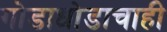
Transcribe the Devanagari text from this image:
गोडाधोडाचाही